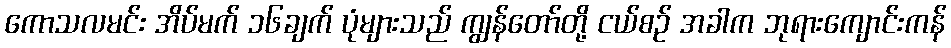
ကောသလမင်း အိပ်မက် ၁၆ချက် ပုံများသည် ကျွန်တော်တို့ ငယ်စဉ် အခါက ဘုရားကျောင်းကန်